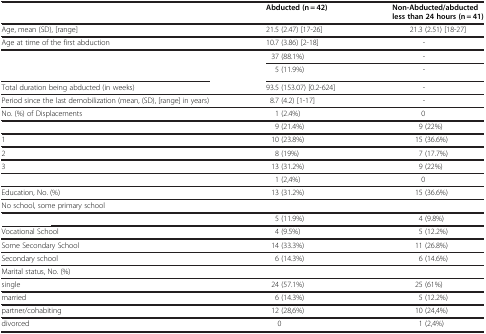
<table><thead><tr><td>[EMPTY_CELL]</td><td><b>Abducted (n = 42)</b></td><td><b>Non-Abducted/abducted less than 24 hours (n = 41)</b></td></tr></thead><tbody><tr><td>Age, mean (SD), [range]</td><td>21.5 (2.47) [17-26]</td><td>21.3 (2.51) [18-27]</td></tr><tr><td>Age at time of the first abduction</td><td>10.7 (3.86) [2-18]</td><td>-</td></tr><tr><td rowspan="2">[EMPTY_CELL]</td><td>37 (88.1%)</td><td>-</td></tr><tr><td>5 (11.9%)</td><td>-</td></tr><tr><td>Total duration being abducted (in weeks)</td><td>93.5 (153.07) [0.2-624]</td><td>-</td></tr><tr><td>Period since the last demobilization (mean, (SD), [range] in years)</td><td>8.7 (4.2) [1-17]</td><td>-</td></tr><tr><td>No. (%) of Displacements</td><td>1 (2.4%)</td><td>0</td></tr><tr><td>[EMPTY_CELL]</td><td>9 (21.4%)</td><td>9 (22%)</td></tr><tr><td>1</td><td>10 (23.8%)</td><td>15 (36.6%)</td></tr><tr><td>2</td><td>8 (19%)</td><td>7 (17.7%)</td></tr><tr><td>3</td><td>13 (31.2%)</td><td>9 (22%)</td></tr><tr><td>[EMPTY_CELL]</td><td>1 (2,4%)</td><td>0</td></tr><tr><td>Education, No. (%)</td><td>13 (31.2%)</td><td>15 (36.6%)</td></tr><tr><td>No school, some primary school</td><td>[EMPTY_CELL]</td><td>[EMPTY_CELL]</td></tr><tr><td>[EMPTY_CELL]</td><td>5 (11.9%)</td><td>4 (9.8%)</td></tr><tr><td>Vocational School</td><td>4 (9.5%)</td><td>5 (12.2%)</td></tr><tr><td>Some Secondary School</td><td>14 (33.3%)</td><td>11 (26.8%)</td></tr><tr><td>Secondary school</td><td>6 (14.3%)</td><td>6 (14.6%)</td></tr><tr><td>Marital status, No. (%)</td><td>[EMPTY_CELL]</td><td>[EMPTY_CELL]</td></tr><tr><td>single</td><td>24 (57.1%)</td><td>25 (61%)</td></tr><tr><td>married</td><td>6 (14.3%)</td><td>5 (12.2%)</td></tr><tr><td>partner/cohabiting</td><td>12 (28,6%)</td><td>10 (24,4%)</td></tr><tr><td>divorced</td><td>0</td><td>1 (2,4%)</td></tr></tbody></table>